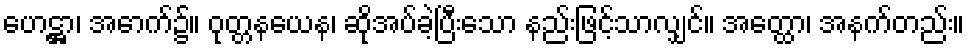
ဟေဋ္ဌာ၊ အောက်၌။ ဝုတ္တနယေန၊ ဆိုအပ်ခဲ့ပြီးသော နည်းဖြင့်သာလျှင်။ အတ္ထော၊ အနက်တည်း။